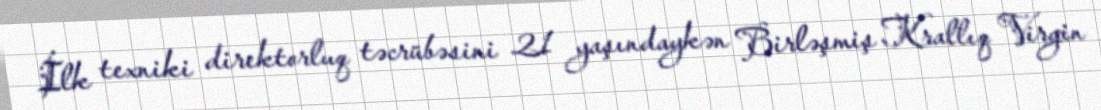
İlk texniki direktorluq təcrübəsini 21 yaşındaykən Birləşmiş Krallıq Virgin